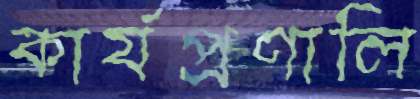
কার্যপ্রণালি